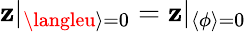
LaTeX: \mathbf{z}|_{\langleu\rangle=0}=\mathbf{z}|_{\langle\phi\rangle=0}